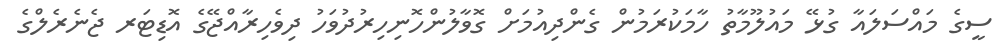
ސީގެ މައްސަލައާ ގުޅޭ މައުލޫމާތު ހާމަކުރަމުން ގެންދިއުމަށް ގޮވާލުންހޮނިހިރުދުވަހު ދިވެހިރާއްޖޭގެ އޮޑިޓަަރ ޖެނެރެލްގެ